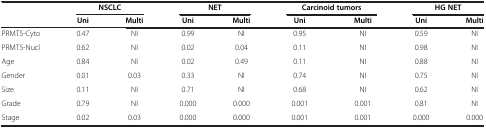
|  | <COLSPAN=2> NSCLC | <COLSPAN=2> NET | <COLSPAN=2> Carcinoid tumors | <COLSPAN=2> HG NET |
 |  | Uni | Multi | Uni | Multi | Uni | Multi | Uni | Multi |
 | --- | --- | --- | --- | --- | --- | --- | --- | --- |
 | PRMT5-Cyto | 0.47 | NI | 0.99 | NI | 0.95 | NI | 0.59 | NI |
 | PRMT5-Nucl | 0.62 | NI | 0.02 | 0.04 | 0.11 | NI | 0.98 | NI |
 | Age | 0.84 | NI | 0.02 | 0.49 | 0.11 | NI | 0.88 | NI |
 | Gender | 0.01 | 0.03 | 0.33 | NI | 0.74 | NI | 0.75 | NI |
 | Size | 0.11 | NI | 0.71 | NI | 0.68 | NI | 0.62 | NI |
 | Grade | 0.79 | NI | 0.000 | 0.000 | 0.001 | 0.001 | 0.81 | NI |
 | Stage | 0.02 | 0.03 | 0.000 | 0.000 | 0.001 | 0.001 | 0.000 | 0.000 |